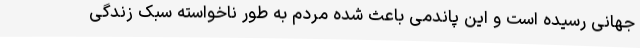
جهانی رسیده است و این پاندمی باعث شده مردم به طور ناخواسته سبک زندگی